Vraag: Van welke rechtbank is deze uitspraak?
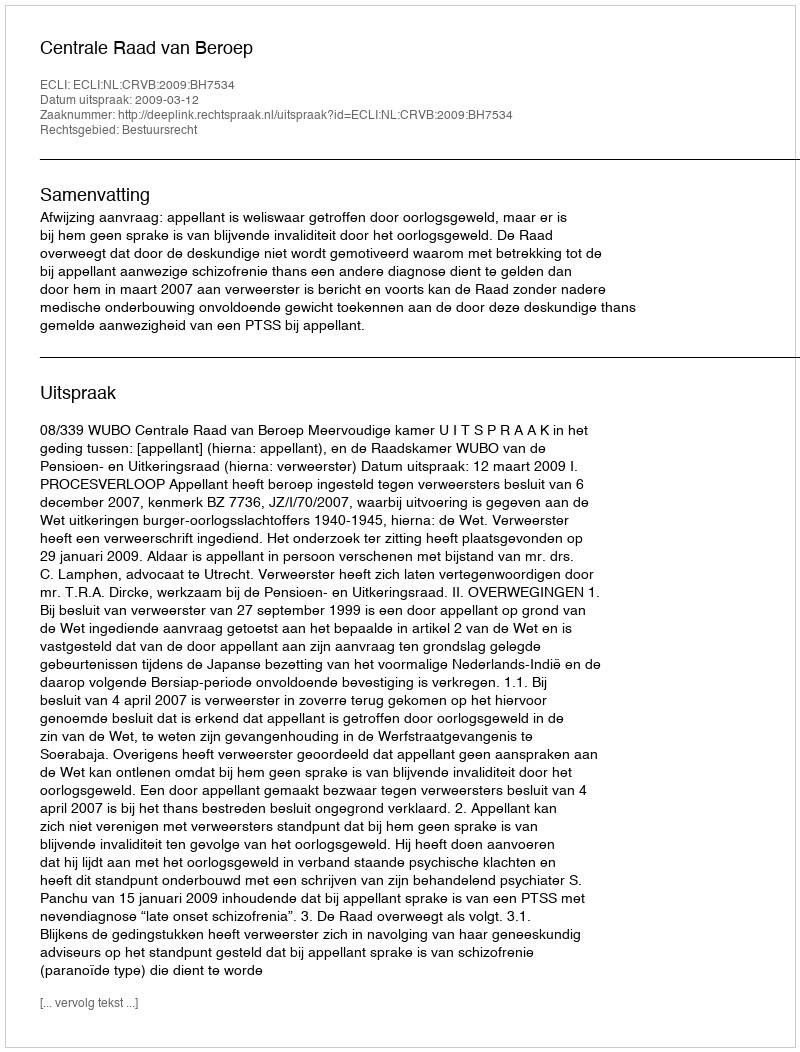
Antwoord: Centrale Raad van Beroep